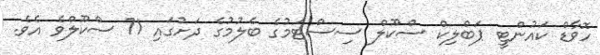
ހޮވާޑް ކައުންޓީ ޕަބްލިކް ސްކޫލް ސިސްޓަމުގެ ބެލުމުގެ ދަށުގައި 71 ސްކޫލްވެ އެވެ.